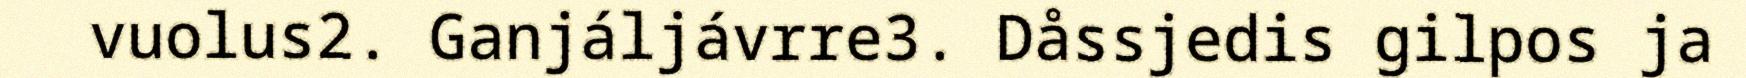
vuolus2. Ganjáljávrre3. Dåssjedis gilpos ja